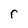
Character: r